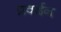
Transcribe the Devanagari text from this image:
प्रवर्दन